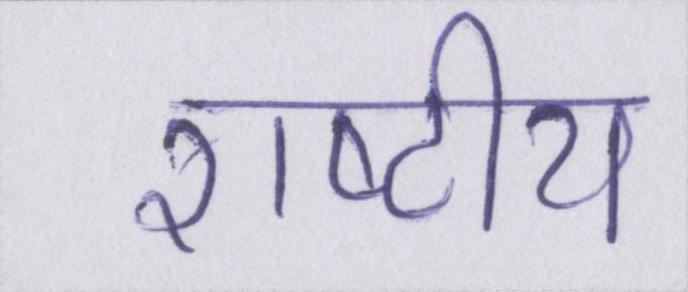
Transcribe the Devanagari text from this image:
राष्टीय